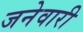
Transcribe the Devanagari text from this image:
जनेवारी